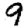
Digit: 9